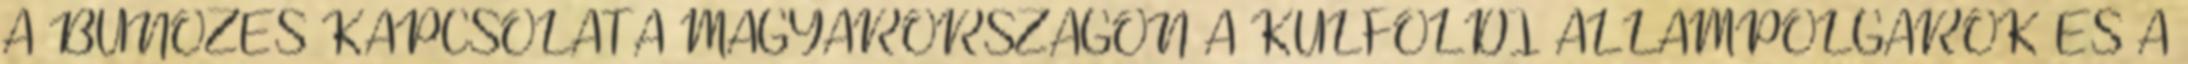
A BŰNÖZÉS KAPCSOLATA MAGYARORSZÁGON A KÜLFÖLDI ÁLLAMPOLGÁROK ÉS A